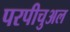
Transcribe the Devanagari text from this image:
परपीचुअल